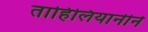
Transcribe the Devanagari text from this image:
ताहिलियानीने